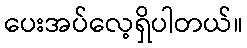
ပေးအပ်လေ့ရှိပါတယ်။